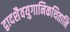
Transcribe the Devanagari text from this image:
द्वादशैवयुगानिकथितानि